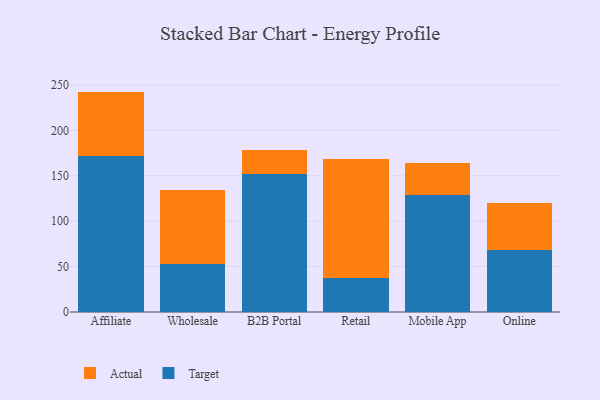
{"axis": {"x": "Channel", "y": "Net Income (USD K)"}, "legend": ["Actual", "Target"], "data": [{"x": "Affiliate", "y": 171.6, "type": "Target"}, {"x": "Affiliate", "y": 71.1, "type": "Actual"}, {"x": "Wholesale", "y": 52.9, "type": "Target"}, {"x": "Wholesale", "y": 82.0, "type": "Actual"}, {"x": "B2B Portal", "y": 152.5, "type": "Target"}, {"x": "B2B Portal", "y": 25.6, "type": "Actual"}, {"x": "Retail", "y": 36.9, "type": "Target"}, {"x": "Retail", "y": 131.8, "type": "Actual"}, {"x": "Mobile App", "y": 128.6, "type": "Target"}, {"x": "Mobile App", "y": 35.4, "type": "Actual"}, {"x": "Online", "y": 68.8, "type": "Target"}, {"x": "Online", "y": 50.8, "type": "Actual"}]}